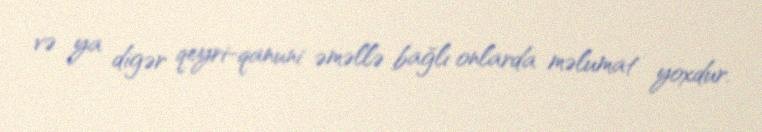
və ya digər qeyri-qanuni əməllə bağlı onlarda məlumat yoxdur.